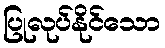
ပြုလုပ်နိုင်သော